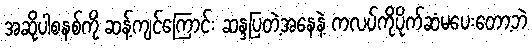
အဆိုပါစနစ်ကို ဆန့်ကျင်ကြောင်း ဆန္ဒပြတဲ့အနေနဲ့ ကလပ်ကိုပိုက်ဆံမပေးတော့ဘဲ